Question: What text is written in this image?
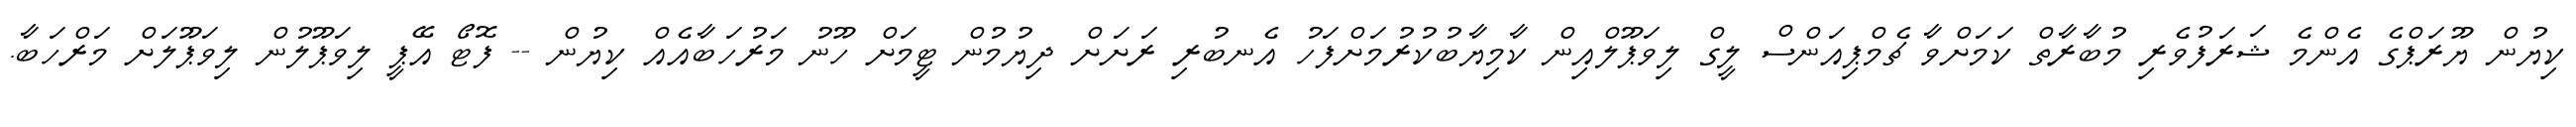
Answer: ކިޔުން ޔޫރަޕްގެ އެންމެ ޝަރަފުވެރި މުބާރާތް ކަމަށްވާ ޗެމްޕިއަންސް ލީގް ލިވަޕޫލްއިން ކާމިޔާބުކުރުމަށްފަހު އެނބުރި ރަށަށް ދިޔުމުން ޓީމަށް ހޫނު މަރުހަބާއެއް ކިޔުން -- ފޮޓޯ އޭޕީ ލިވަޕޫލުން ލިވަޕޫލަށް މަރްހަބާ.